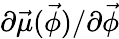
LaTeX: \partial\vec{\mu}(\vec{\phi})/\partial\vec{\phi}